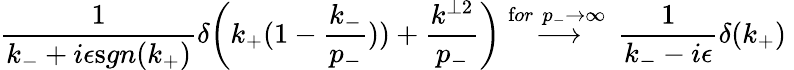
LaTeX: \frac{1}{k_{-}+i\epsilon{\textrm sgn(k_{+})}}\delta\bigg(k_{+}(1-\frac{k_{-}}{p_{-}}))+\frac{k^{\perp 2}}{p_{-}}\bigg)\stackrel{{\textrm for}\, \, p_{-}\to\infty\, }{\longrightarrow}\frac{1}{k_{-}-i\epsilon}\delta(k_{+})\;